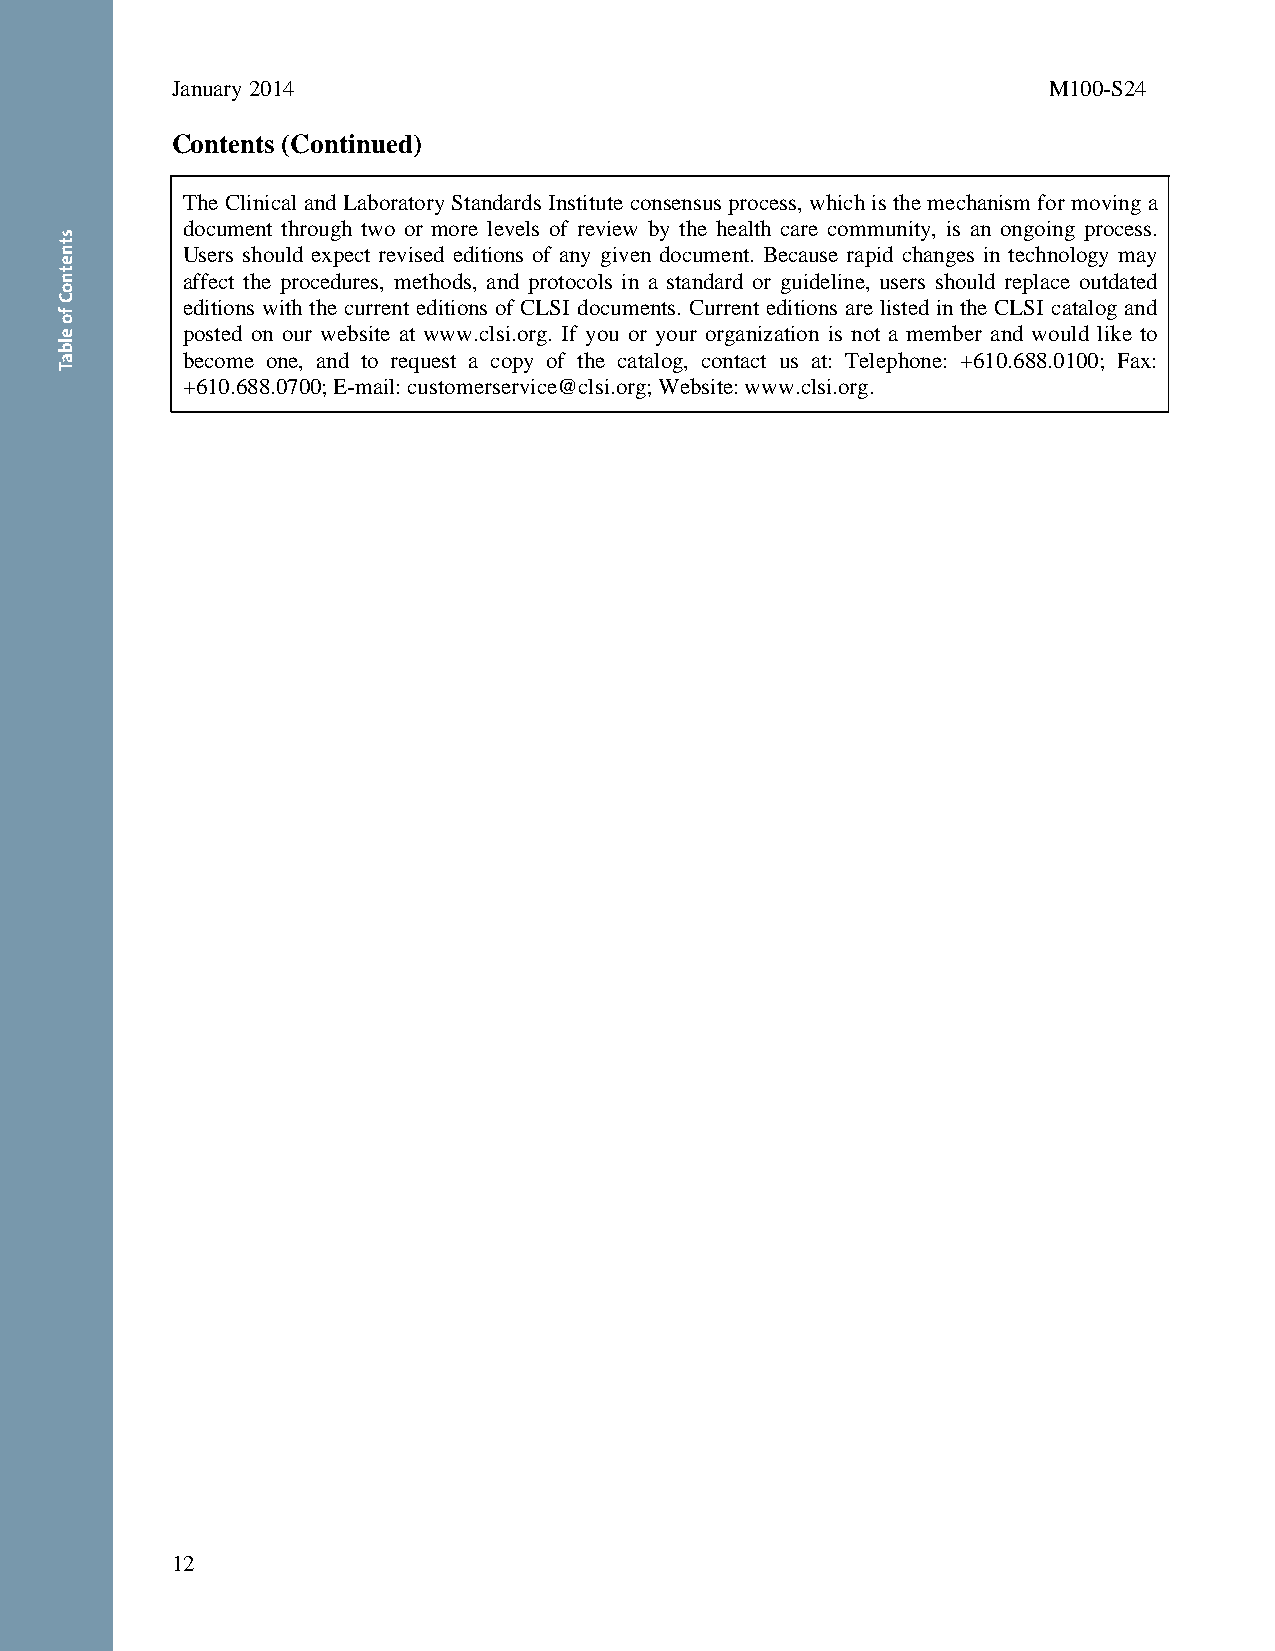
January 2014                                              M100-S24
 Contents (Continued)
 The Clinical and Laboratory Standards Institute consensus process, which is the mechanism for moving a
 document through two or more levels of review by the health care community, is an ongoing process.
 Users should expect revised editions of any given document. Because rapid changes in technology may
 affect the procedures, methods, and protocols in a standard or guideline, users should replace outdated
 editions with the current editions of CLSI documents. Current editions are listed in the CLSI catalog and
 posted on our website at www.clsi.org. If you or your organization is not a member and would like to
 become one, and to request a copy of the catalog, contact us at: Telephone: +610.688.0100; Fax:
 +610.688.0700; E-mail: customerservice@clsi.org; Website: www.clsi.org.
 12
 Thisdocumentisprotectedbycopyright.
 PublishedOn1/1/2014.
 stnetnoC
 fo
 elbaT